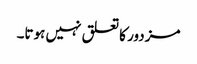
مزدور کا تعلق نہیں ہوتا۔